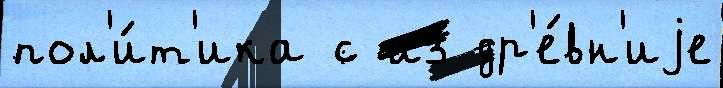
пол'и́т'ика с из др'е́вн'иjе